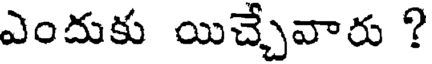
ఎందుకు యిచ్చేవారు ?